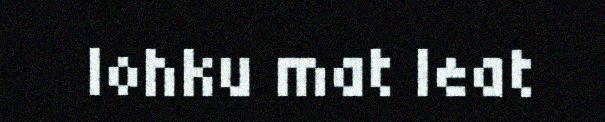
lohku mat leat